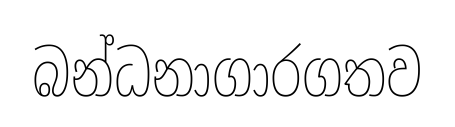
බන්ධනාගාරගතව